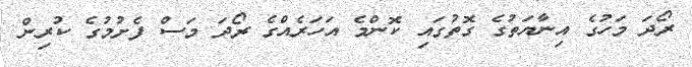
ރޯދަ މަހުގެ އިނާޔަތުގެ ގޮތުގައި ކޮންމެ އަހަރެއްގެ ރޯދަ މަސް ފެށުމުގެ ކުރިން